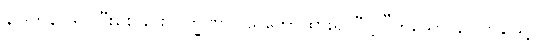
နိပါတန (ရုပ်ပြီးစေခြင်းလက္ခဏာ) သဘောထား၍ “ဣ”ဟူသော နိပါတနဖြင့်